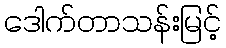
ဒေါက်တာသန်းမြင့်